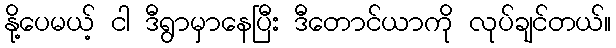
နို့ပေမယ့် ငါ ဒီရွာမှာနေပြီး ဒီတောင်ယာကို လုပ်ချင်တယ်။